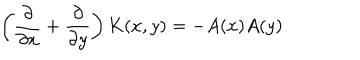
\left( { \frac { \partial } { \partial x } } + { \frac { \partial } { \partial y } } \right) K ( x , y ) = - A ( x ) A ( y )